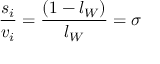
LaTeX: { \frac { s _ { i } } { v _ { i } } } = { \frac { ( 1 - l _ { W } ) } { l _ { W } } } = \sigma